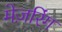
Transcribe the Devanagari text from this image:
मेज़रिंग